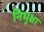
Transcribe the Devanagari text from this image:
निभुक्षा